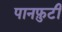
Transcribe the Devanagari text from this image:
पानफ़ुटी